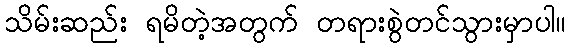
သိမ်းဆည်း ရမိတဲ့အတွက် တရားစွဲတင်သွားမှာပါ။